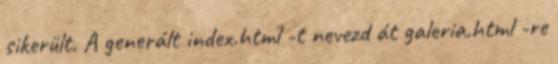
sikerült. A generált index.html -t nevezd át galeria.html -re